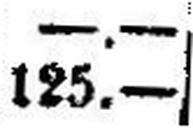
125.—